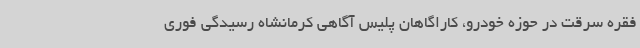
فقره سرقت در حوزه خودرو، کاراگاهان پلیس آگاهی کرمانشاه رسیدگی فوری